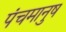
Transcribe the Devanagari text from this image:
पंचमानुष